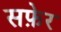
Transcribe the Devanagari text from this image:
सफ़ेर